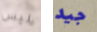
ليس جيد